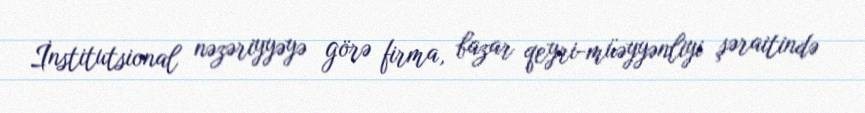
İnstitutsional nəzəriyyəyə görə firma, bazar qeyri-müəyyənliyi şəraitində